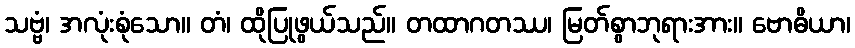
သဗ္ဗံ၊ အလုံးစုံသော။ တံ၊ ထိုပြုဖွယ်သည်။ တထာဂတဿ၊ မြတ်စွာဘုရားအား။ ဗောဓိယာ၊